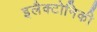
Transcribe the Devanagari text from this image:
इलैक्टोनिकी